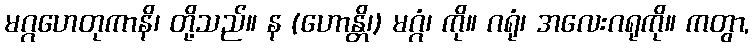
မဂ္ဂဟေတုကာနိ၊ တို့သည်။ န (ဟောန္တိ၊) မဂ္ဂံ၊ ကို။ ဂရုံ၊ အလေးဂရုကို။ ကတွာ,